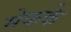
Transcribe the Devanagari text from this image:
मेकके